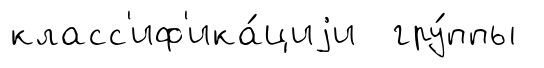
класс'иф'ика́циjи гру́ппы